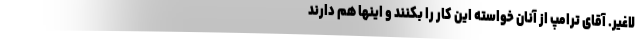
لاغیر. آقای ترامپ از آنان خواسته این کار را بکنند و اینها هم دارند